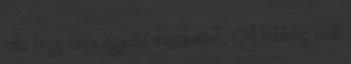
rola, hogy nincs egyedul a szobaban., A tobbseg csak